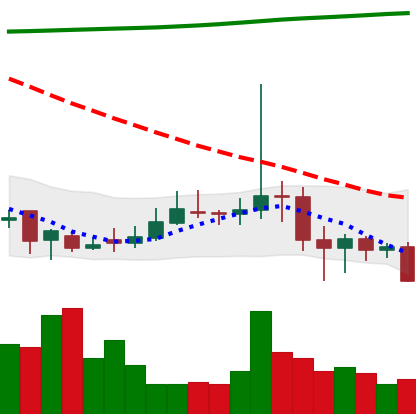
Ticker: DOGE-USD
Chart end date: 2020-11-02
Forward return: 6.118%
Label: up_5_7